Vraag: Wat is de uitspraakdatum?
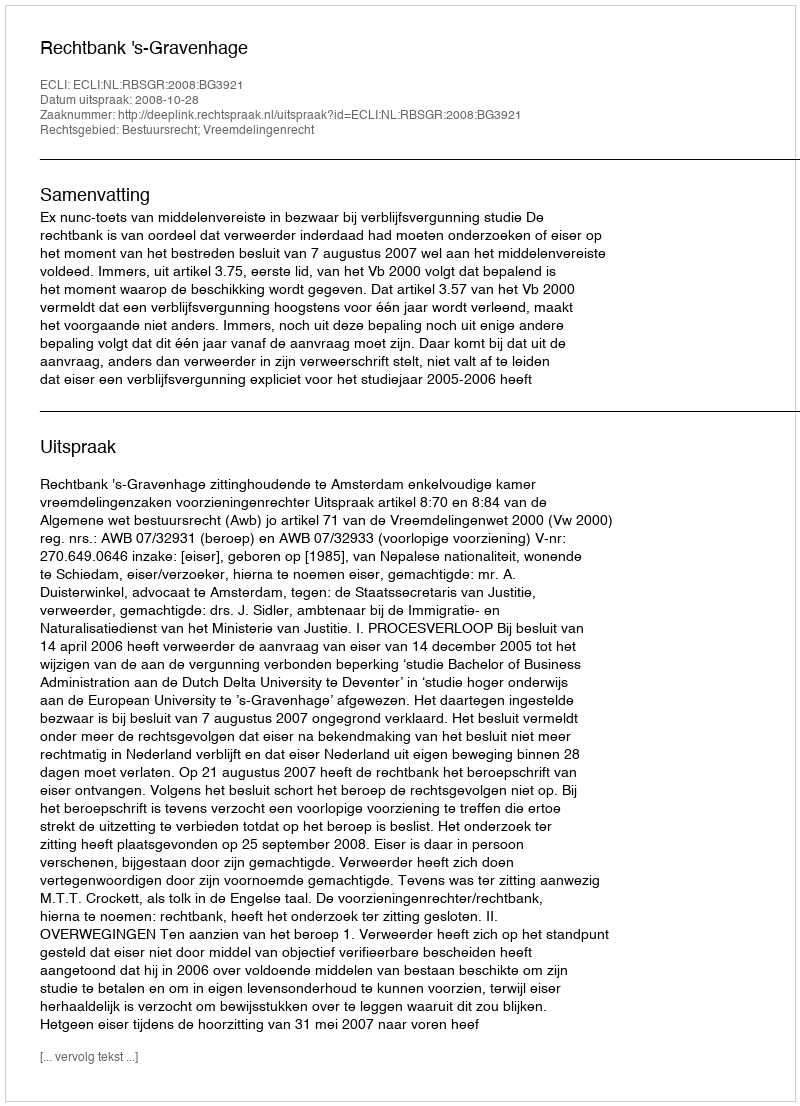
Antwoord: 2008-10-28